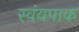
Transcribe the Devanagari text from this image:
स्वंयपाक